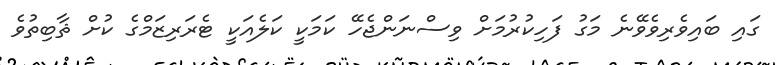
ގައި ބައިވެރިވެވޭނެ މަގު ފަހިކުރުމަށް ވިސްނަންޖެހޭ ކަމަކީ ކަލެއަކީ ޓެރަރިޒަމްގެ ކުށް ޘާބިތުވެ